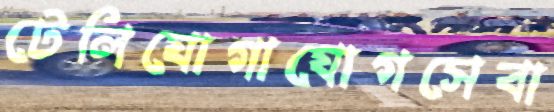
টেলিযোগাযোগসেবা